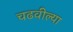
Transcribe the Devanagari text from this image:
चढवील्या